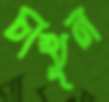
চাখুন